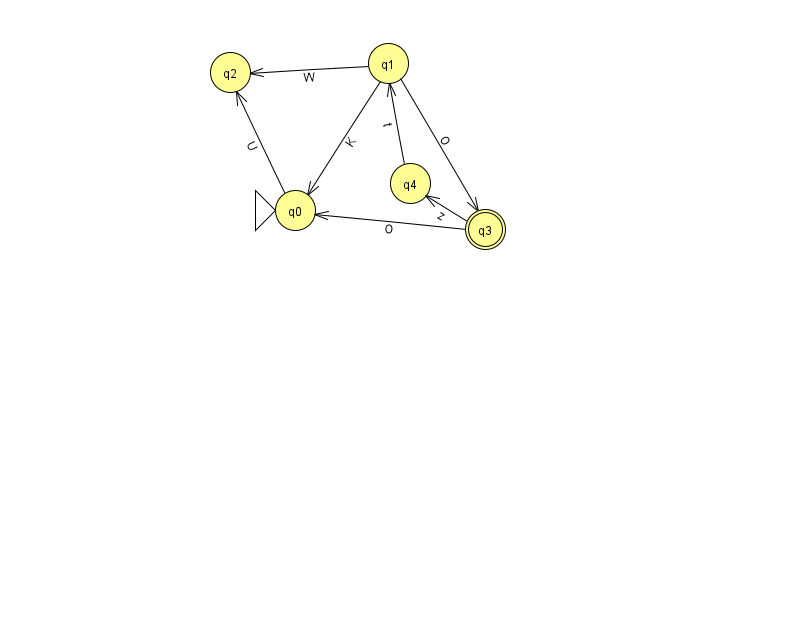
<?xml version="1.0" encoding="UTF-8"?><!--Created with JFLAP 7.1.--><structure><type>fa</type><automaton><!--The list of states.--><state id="0" name="q0"><x>295.0</x><y>197.0</y><initial/></state><state id="1" name="q1"><x>388.0</x><y>50.0</y></state><state id="2" name="q2"><x>230.0</x><y>59.0</y></state><state id="3" name="q3"><x>485.0</x><y>216.0</y><final/></state><state id="4" name="q4"><x>410.0</x><y>170.0</y></state><!--The list of transitions.--><transition><from>3</from><to>4</to><read>z</read></transition><transition><from>1</from><to>2</to><read>W</read></transition><transition><from>0</from><to>2</to><read>U</read></transition><transition><from>1</from><to>0</to><read>K</read></transition><transition><from>1</from><to>3</to><read>O</read></transition><transition><from>3</from><to>0</to><read>O</read></transition><transition><from>4</from><to>1</to><read>t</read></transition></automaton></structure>